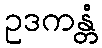
ဥဒကန္တံ